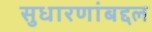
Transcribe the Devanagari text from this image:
सुधारणांबद्दल